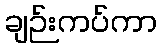
ချဉ်းကပ်ကာ